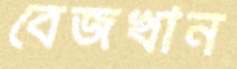
বেজখান